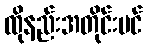
ထိုနည်းအတိုင်းပင်